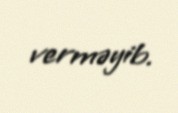
verməyib.